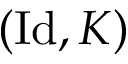
( \operatorname { I d } , K )